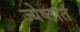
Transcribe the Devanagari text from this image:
ज्येष्ठात